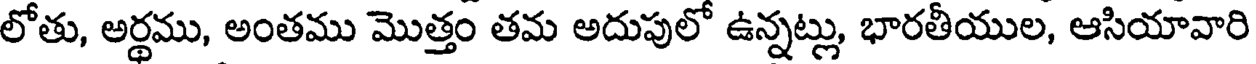
లోతు, అర్థము, అంతము మొత్తం తమ అదుపులో ఉన్నట్లు, భారతీయుల, ఆసియావారి